Scottish Leaving Certificate Examination, 1954
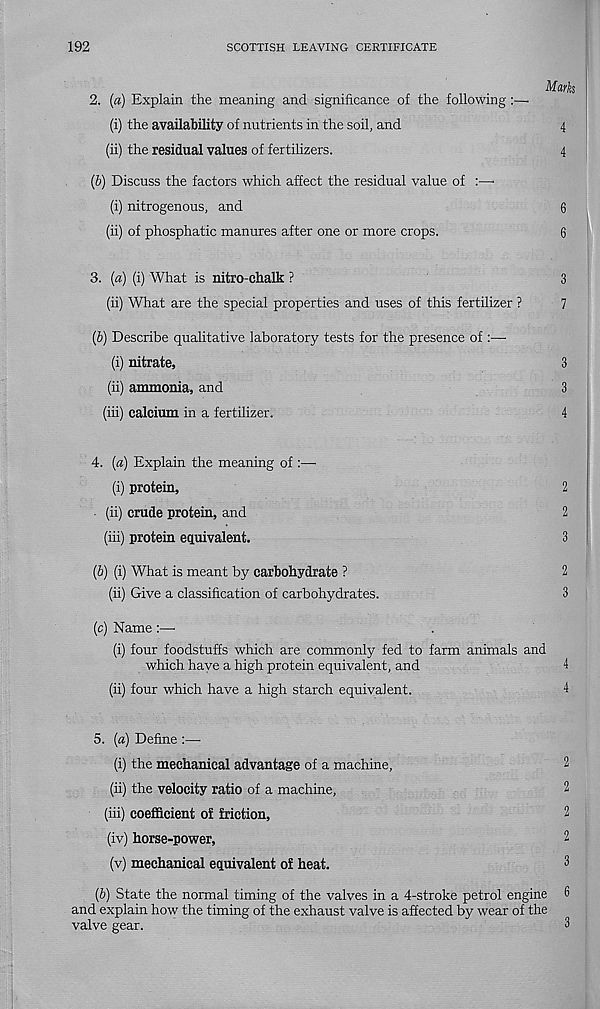
192
SCOTTISH LEAVING CERTIFICATE
Marks
2. (a) Explain the meaning and significance of the following :—•
(i) the availability of nutrients in the soil, and
4
(ii) the residual values of fertilizers.
4
(b) Discuss the factors which affect the residual value of :—■
(i) nitrogenous, and
6
(ii) of phosphatic manures after one or more crops.
6
3. (a) (i) What is nitro-chalk ?
3
(ii) What are the special properties and uses of this fertilizer ?
7
(b) Describe qualitative laboratory tests for the presence of :—
(i) nitrate,
3
(ii) ammonia, and
3
(iii) calcium in a fertilizer.
4
4. (a) Explain the meaning of :—■
(i) protein,
2
(ii) crude protein, and
2
(iii) protein equivalent.
3
(b) (i) What is meant by carbohydrate ?
2
(ii) Give a classification of carbohydrates.
3
(c) Name
(i) four foodstuffs which are commonly fed to farm animals and
which have a high protein equivalent, and
(ii) four which have a high starch equivalent.
4
5. (a) Define :—-
(i) the mechanical advantage of a machine,
2
(ii) the velocity ratio of a machine,
2
(iii) coefficient of friction,
2
(iv) horse-power,
2
(v) mechanical equivalent of heat.
3
(b) State the normal timing of the valves in a 4-stroke petrol engine 6
and explain how the timing of the exhaust valve is affected by wear of the
valve gear.
3